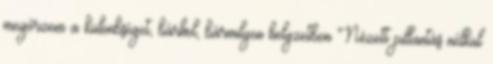
megérzem a különbséget, bárhol, bármilyen helyzetben Nézett pillantás nélkül